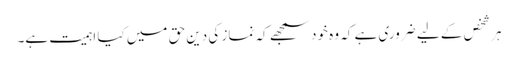
ہر شخص کے لیے ضروری ہے کہ وہ خود سمجھے کہ نماز کی دین حق میں کیا اہمیت ہے۔